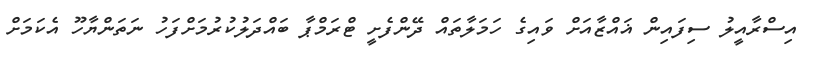
އިސްރާއީލު ސިފައިން ޣައްޒާއަށް ވައިގެ ހަމަލާތައް ދޭންފެށީ ޓްރަމްޕާ ބައްދަލުކުރުމަށްފަހު ނަތަންޔާހޫ އެކަމަށް